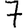
Digit: 7